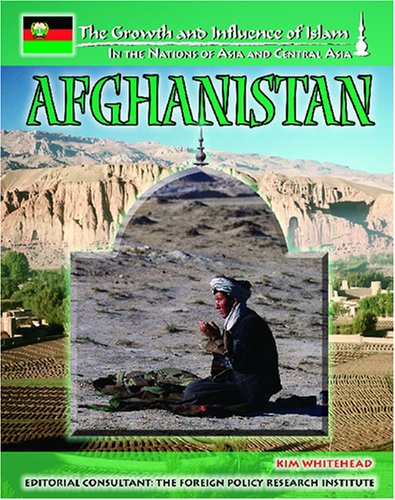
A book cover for Afghanistan (The Growth and Influence of Islam: in the Nations of Asia and Central Asia); Kim Whitehead; Teen & Young Adult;